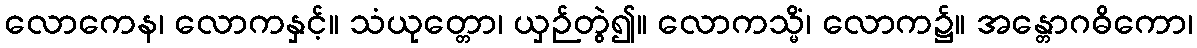
လောကေန၊ လောကနှင့်။ သံယုတ္တော၊ ယှဉ်တွဲ၍။ လောကသ္မိံ၊ လောက၌။ အန္တောဂဓိကော၊